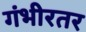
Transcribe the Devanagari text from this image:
गंभीरतर